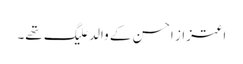
اعتزاز احسن کے والد علیگ تھے۔